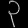
Digit: ၃